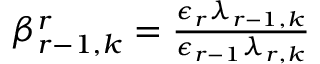
\begin{array} { r } { \beta _ { r - 1 , k } ^ { r } = \frac { \epsilon _ { r } \lambda _ { r - 1 , k } } { \epsilon _ { r - 1 } \lambda _ { r , k } } } \end{array}